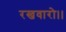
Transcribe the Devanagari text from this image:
रखवारो।।